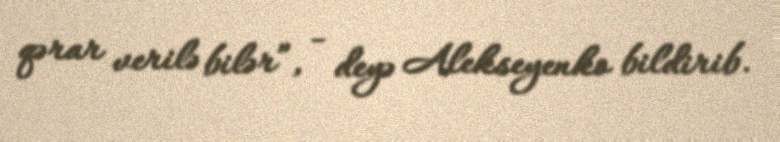
qərar verilə bilər”, - deyə Alekseyenko bildirib.